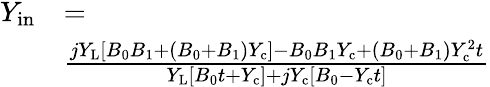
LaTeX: \begin{array}{rl}{Y_{\mathrm{in}}}&{=}\\ &{\frac{jY_{\mathrm{L}}\left[B_{0}B_{1}+\left(B_{0}+B_{1}\right)Y_{\mathrm{c}}\right]-B_{0}B_{1}Y_{\mathrm{c}}+\left(B_{0}+B_{1}\right)Y_{\mathrm{c}}^{2}t}{Y_{\mathrm{L}}\left[B_{0}t+Y_{\mathrm{c}}\right]+jY_{\mathrm{c}}\left[B_{0}-Y_{\mathrm{c}}t\right]}}\end{array}